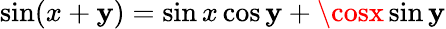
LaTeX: \sin(x+\mathbf{y})=\sin{x}\cos\mathbf{y}+\cosx\sin\mathbf{y}